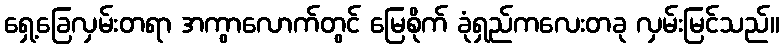
ရှေ့ခြေလှမ်းတရာ အကွာလောက်တွင် မြေစိုက် ခုံရှည်ကလေးတခု လှမ်းမြင်သည်။